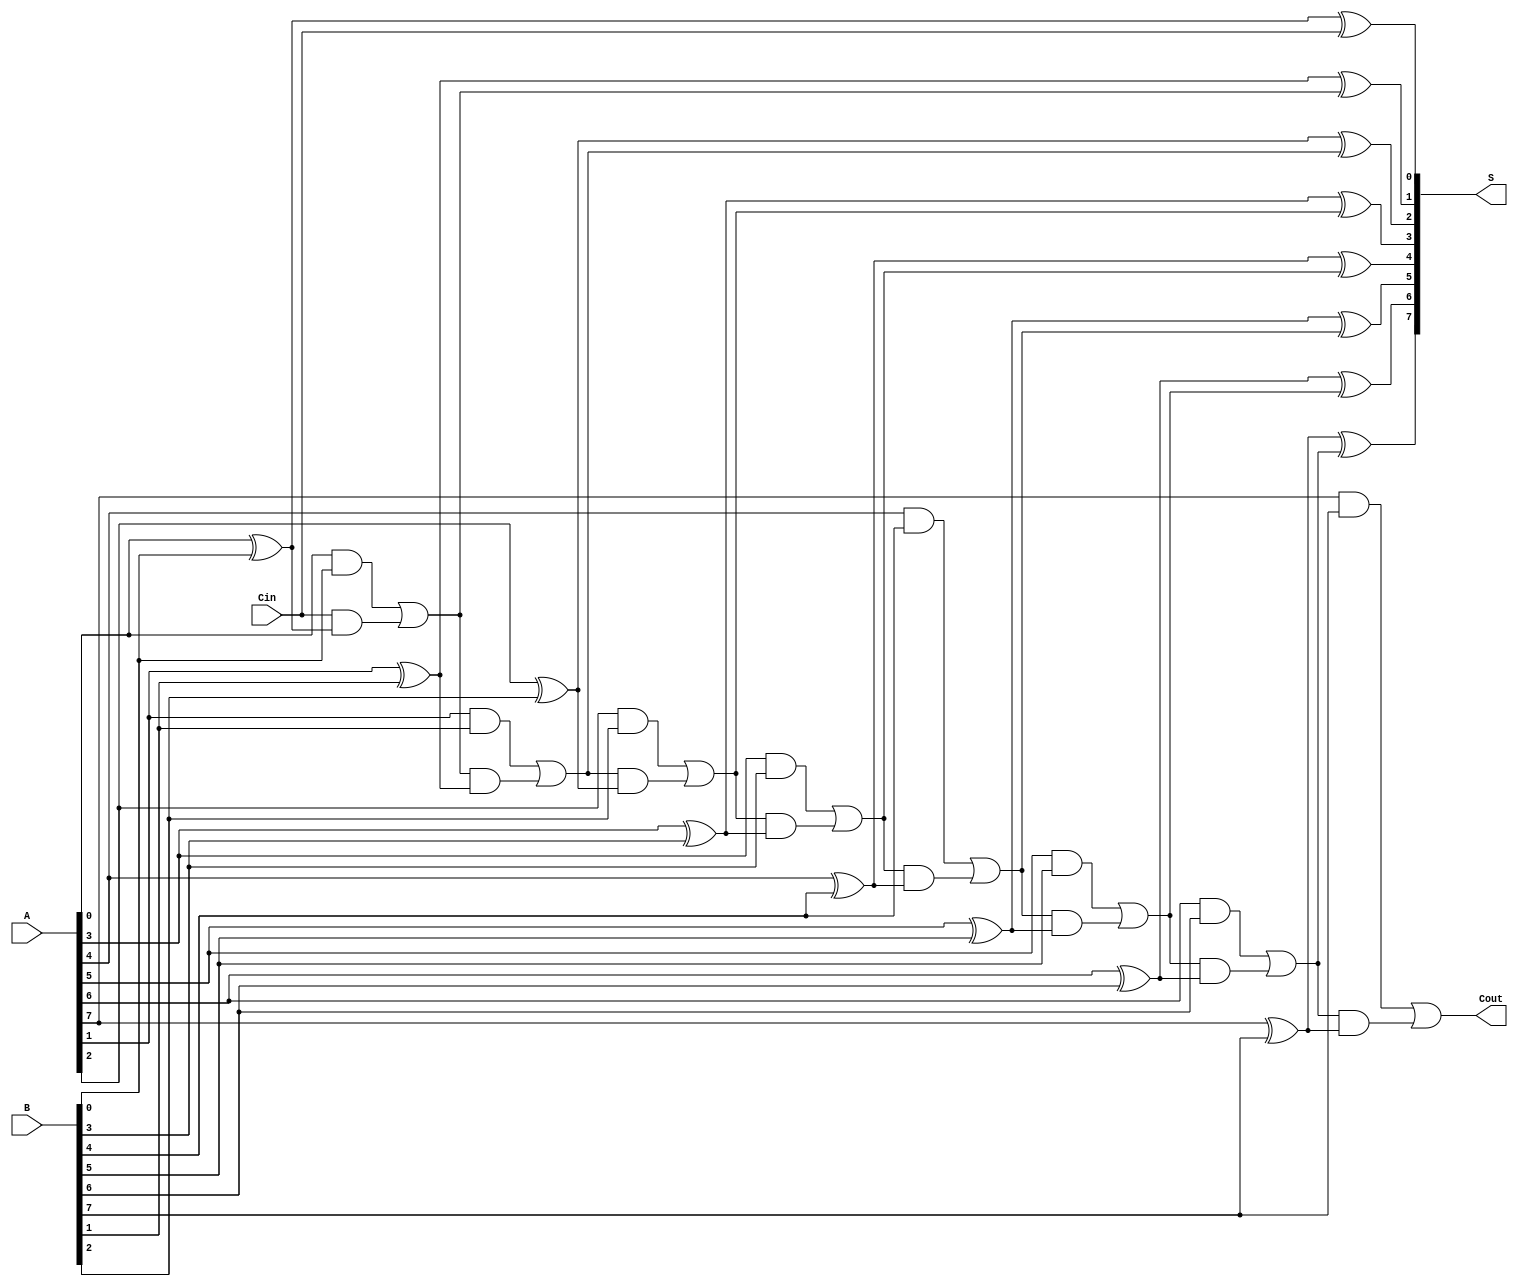
module ManchesterCarryChainAdder #(parameter N = 8) (
    input  wire [N-1:0] A,     // n-bit input A
    input  wire [N-1:0] B,     // n-bit input B
    input  wire Cin,           // Carry-in
    output wire [N-1:0] S,     // n-bit sum output
    output wire Cout           // Carry-out
);

    // Internal carry signals
    wire [N:0] C; // C[0] is the carry-in, C[N] is the carry-out

    // Assign the carry-in to C[0]
    assign C[0] = Cin;

    // Carry generation logic
    genvar i;
    generate
        for (i = 0; i < N; i = i + 1) begin: carry_gen
            assign C[i + 1] = (A[i] & B[i]) | (C[i] & (A[i] ^ B[i]));
        end
    endgenerate

    // Sum calculation logic
    generate
        for (i = 0; i < N; i = i + 1) begin: sum_calc
            assign S[i] = A[i] ^ B[i] ^ C[i];
        end
    endgenerate

    // Assign the carry-out
    assign Cout = C[N];

endmodule